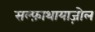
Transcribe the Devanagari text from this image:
सल्फ़ाथायाज़ोल